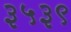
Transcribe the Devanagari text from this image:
३५३९